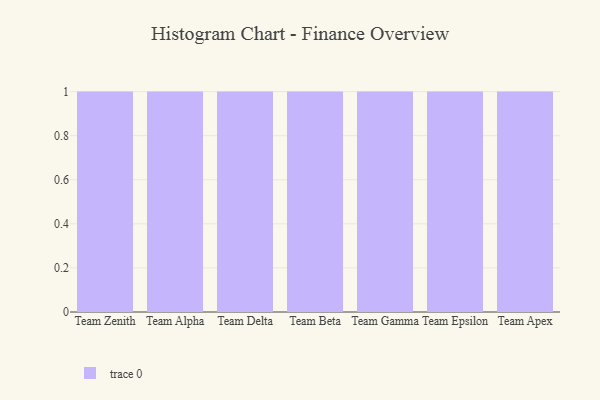
{"axis": {"x": "Team", "y": "Conversion Rate (%)"}, "legend": [""], "data": [{"x": "Team Zenith", "y": 41, "type": ""}, {"x": "Team Alpha", "y": 23, "type": ""}, {"x": "Team Delta", "y": 58, "type": ""}, {"x": "Team Beta", "y": 44, "type": ""}, {"x": "Team Gamma", "y": 53, "type": ""}, {"x": "Team Epsilon", "y": 47, "type": ""}, {"x": "Team Apex", "y": 85, "type": ""}]}